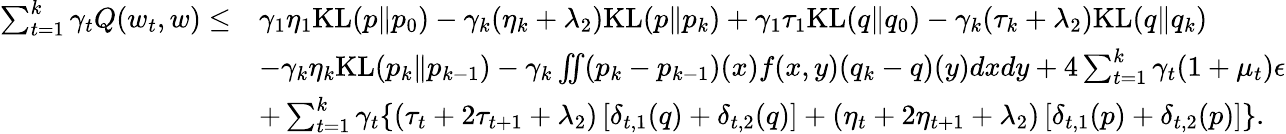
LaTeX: \begin{array}{rl}{\sum_{t=1}^{k}\gamma_{t}Q(w_{t},w)\leq}&{\gamma_{1}\eta_{1}\mathrm{KL}(p\| p_{0})-\gamma_{k}(\eta_{k}+\lambda_{2})\mathrm{KL}(p\| p_{k})+\gamma_{1}\tau_{1}\mathrm{KL}(q\| q_{0})-\gamma_{k}(\tau_{k}+\lambda_{2})\mathrm{KL}(q\| q_{k})}\\ &{-\gamma_{k}\eta_{k}\mathrm{KL}(p_{k}\| p_{k-1})-\gamma_{k}\iint(p_{k}-p_{k-1})(x)f(x,y)(q_{k}-q)(y)dxdy+4\sum_{t=1}^{k}\gamma_{t}(1+\mu_{t})\epsilon}\\ &{+\sum_{t=1}^{k}\gamma_{t}\{ (\tau_{t}+2\tau_{t+1}+\lambda_{2})\left[\delta_{t,1}(q)+\delta_{t,2}(q)\right]+(\eta_{t}+2\eta_{t+1}+\lambda_{2})\left[\delta_{t,1}(p)+\delta_{t,2}(p)\right]\} .}\end{array}